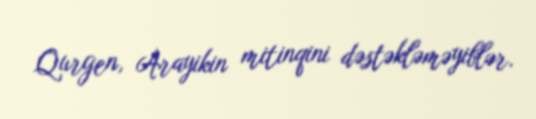
Qurgen, Arayikin mitinqini dəstəkləməyiblər.